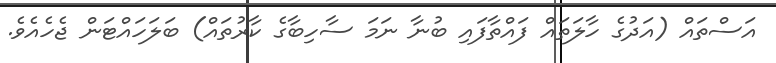
އަސްތައް (އަދުގެ ހާލަތައް ފައްތާފައި ބުނާ ނަމަ ސާހިބާގެ ކާރުތައް) ބަލަހައްޓަން ޖެހެއެވެ.